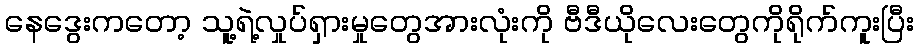
နေဒွေးကတော့ သူ့ရဲ့လှုပ်ရှားမှုတွေအားလုံးကို ဗီဒီယိုလေးတွေကိုရိုက်ကူးပြီး